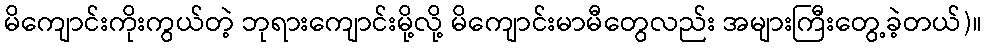
မိကျောင်းကိုးကွယ်တဲ့ ဘုရားကျောင်းမို့လို့ မိကျောင်းမာမီတွေလည်း အများကြီးတွေ့ခဲ့တယ်)။